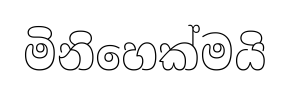
මිනිහෙක්මයි